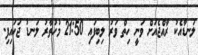
ލަނޑާއެކު ރާއްޖެއަށް ވަނީ ހިތް ވަރު ލިބިފައި 21:50 މުހުތާރު ލަނޑު ޖަހައިފި.